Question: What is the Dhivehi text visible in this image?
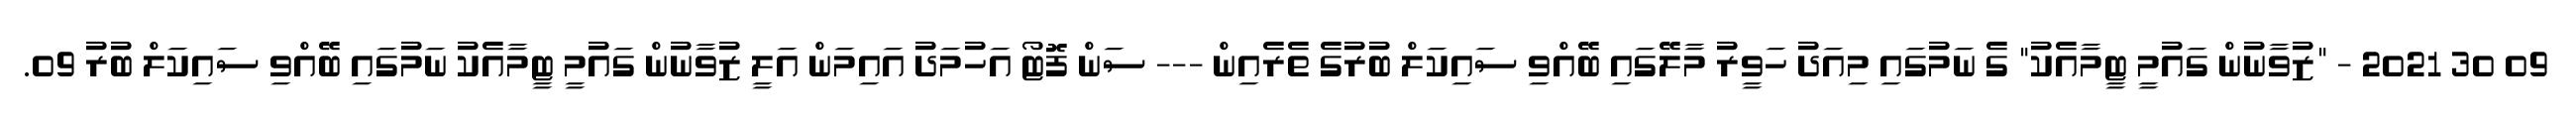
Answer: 09 30 2021 - "ޒުވާނުން ގައުމީ ޓީމާއެކު" ގެ ނަމުގައި މިއަދު ހަވީރު މާލޭގައި ބޭއްވި ސައިކަލް ބުރުގެ ތެރެއިން --- ސަން ފޮޓޯ އަހުމަދު އައިމަން އަލީ ޒުވާނުން ގައުމީ ޓީމާއެކު ނަމުގައި ބޭއްވި ސައިކަލް ބުރު 09.